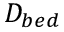
D _ { b e d }